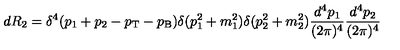
d R _ { 2 } = \delta ^ { 4 } ( p _ { 1 } + p _ { 2 } - p _ { \mathrm { T } } - p _ { \mathrm { B } } ) \delta ( p _ { 1 } ^ { 2 } + m _ { 1 } ^ { 2 } ) \delta ( p _ { 2 } ^ { 2 } + m _ { 2 } ^ { 2 } ) \frac { d ^ { 4 } p _ { 1 } } { ( 2 \pi ) ^ { 4 } } \frac { d ^ { 4 } p _ { 2 } } { ( 2 \pi ) ^ { 4 } }